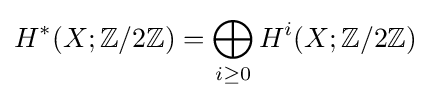
H^{\ast }(X;\mathbb {Z} /2\mathbb {Z} )=\bigoplus _{i\geq 0}H^{i}(X;\mathbb {Z} /2\mathbb {Z} )